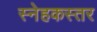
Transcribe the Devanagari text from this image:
स्नेहकस्तर